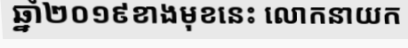
ឆ្នាំ២០១៩ខាងមុខនេះ លោកនាយក